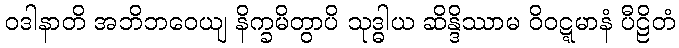
ဝဒါနာတိ အဘိဘဝေယျ နိက္ခမိတွာပိ သုဒ္ဓါယ ဆိန္ဒိဿာမ ဝိဝဋ္ဋမာနံ ပီဠိတံ